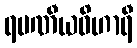
ရမဏီယဝိဟာရီ